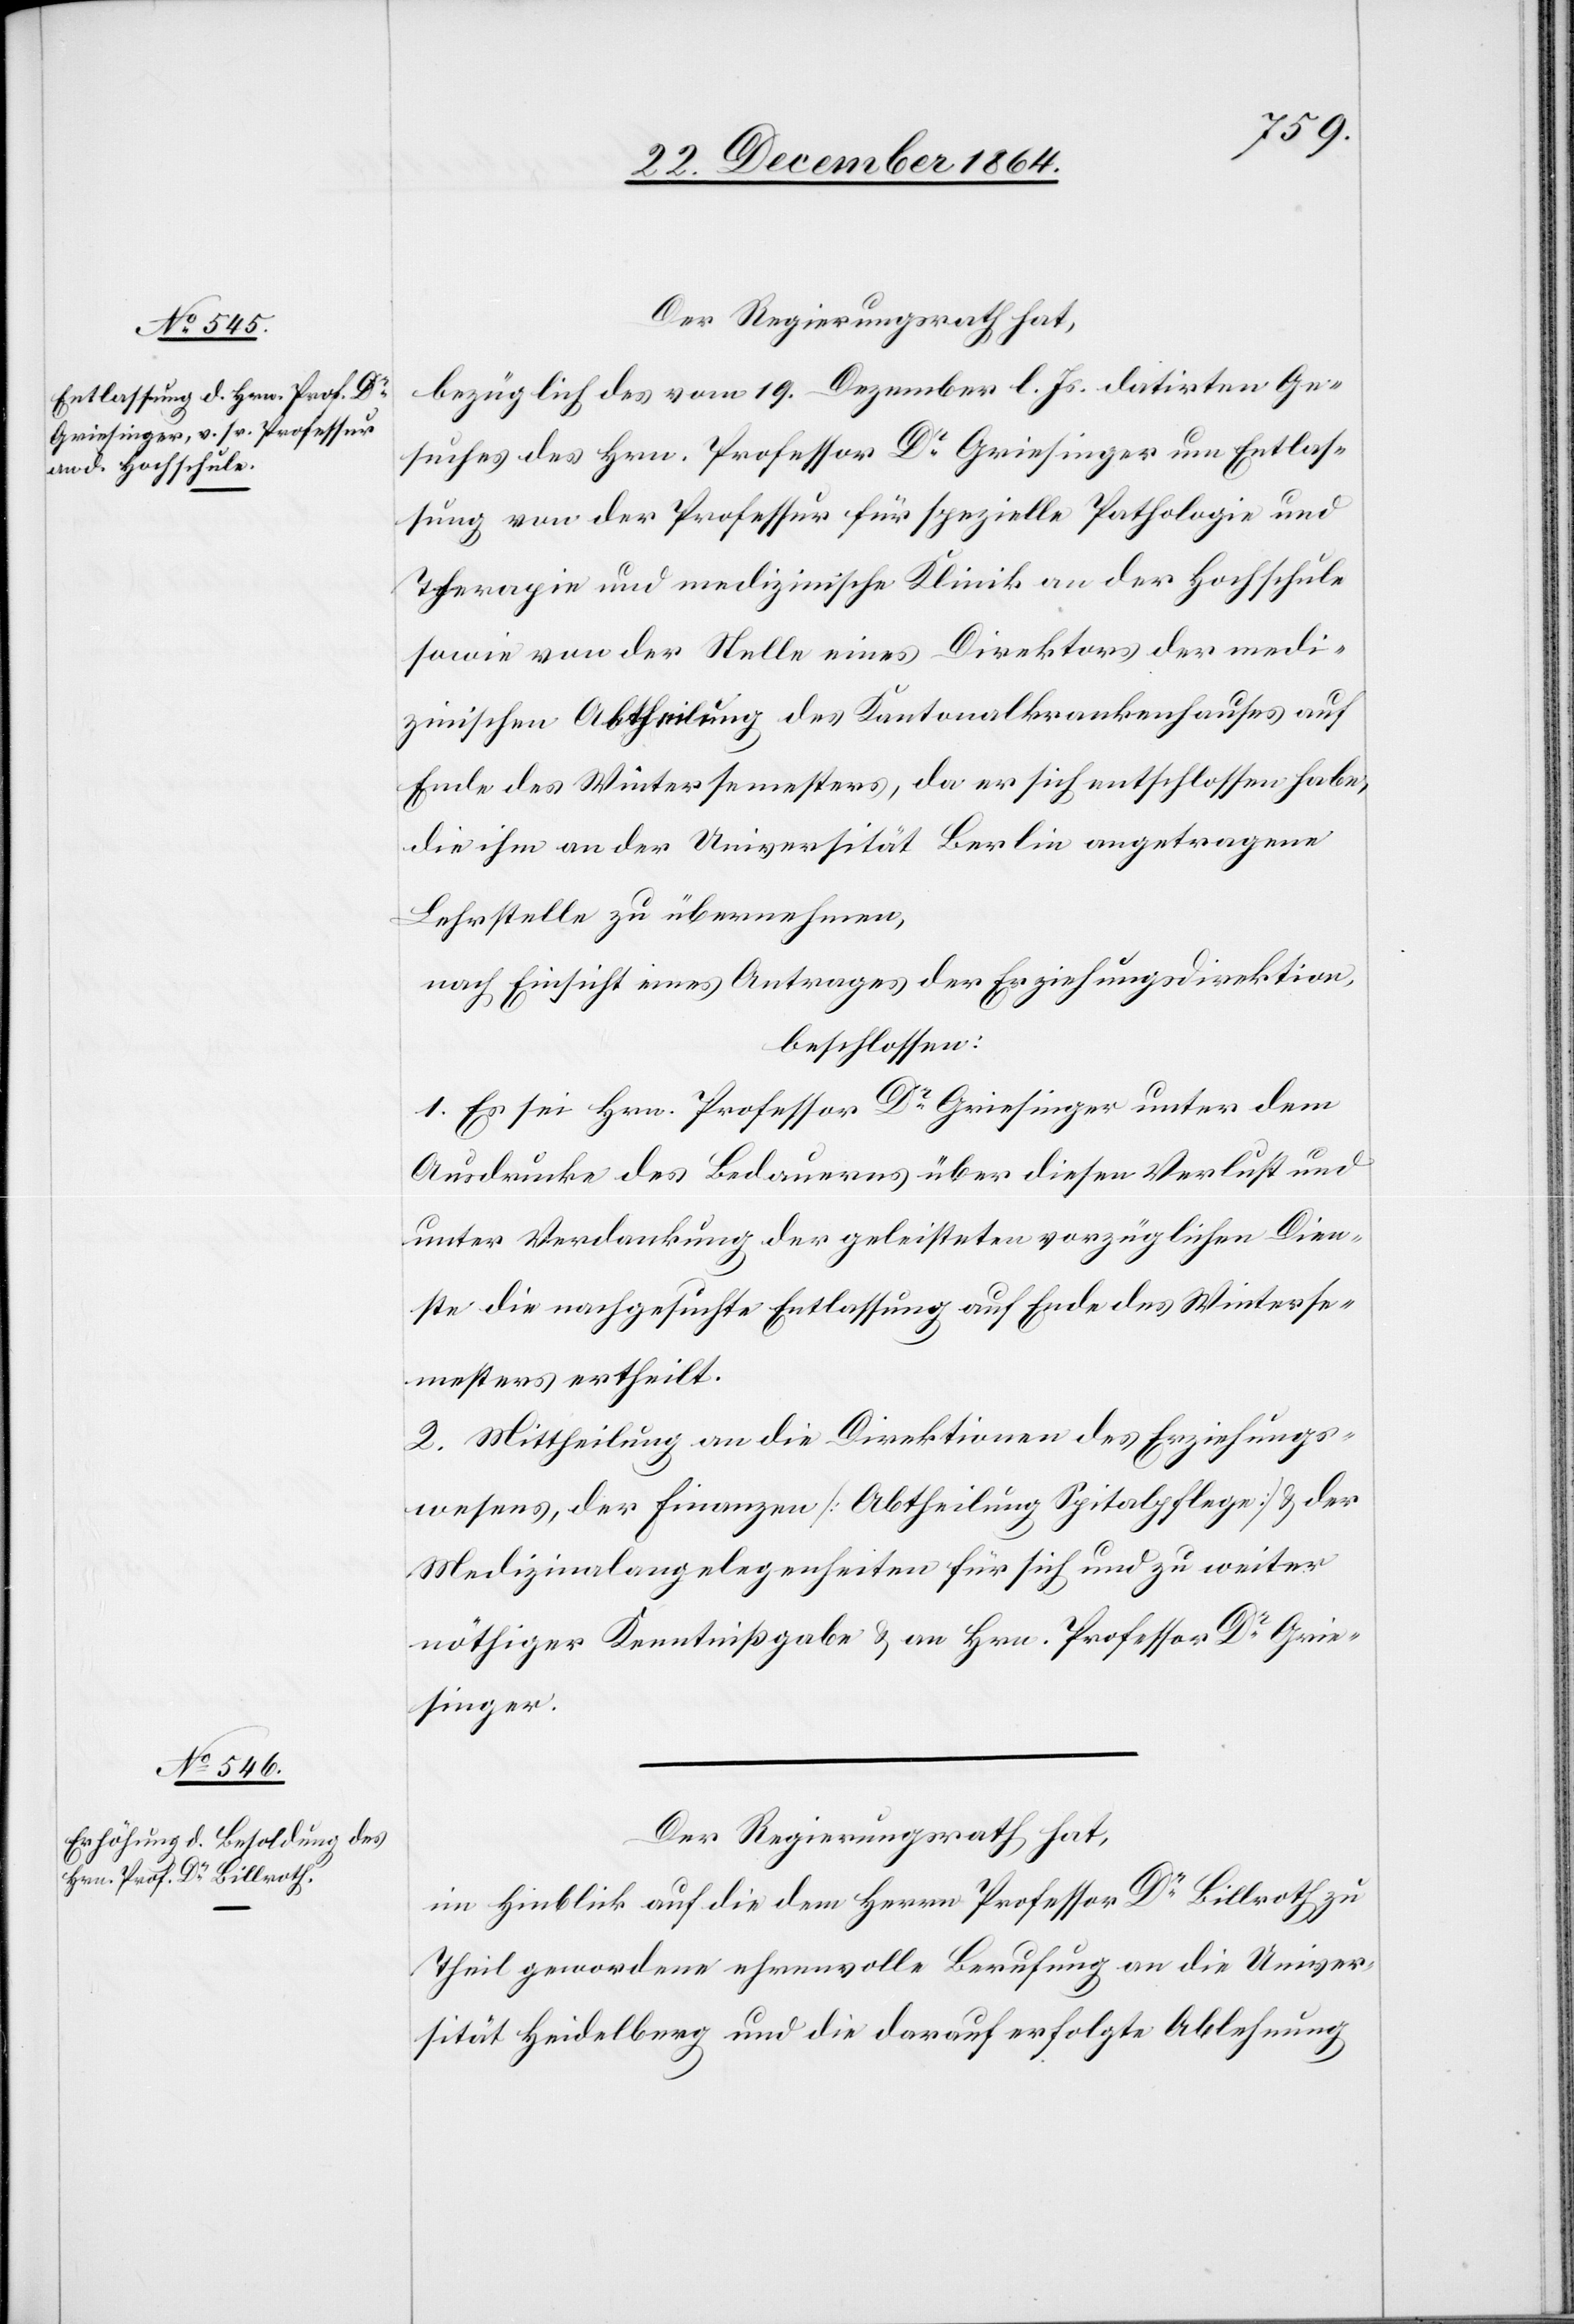
Der Regierungsrath hat,
bezüglich des vom 19. Dezember l. Js. datirten Ge¬
suches des Hrn. Professor Dr Griesinger um Entlas¬
sung von der Professur für spezielle Pathologie und
Therapie und medizinische Klinik an der Hochschule
sowie von der Stelle eines Direktors der medi¬
zinischen Abtheilung des Kantonalkrankenhauses auf
Ende des Wintersemesters, da er sich entschlossen habe,
die ihm an der Universität Berlin angetragene
Lehrstelle zu übernehmen,
nach Einsicht eines Antrages der Erziehungsdirektion,
beschlossen:
1. Es sei Hrn. Professor Dr Griesinger unter dem
Ausdrucke des Bedauerns über diesen Verlust und
unter Verdankung der geleisteten vorzüglichen Dien¬
ste die nachgesuchte Entlassung auf Ende des Winterse¬
mesters ertheilt.
2. Mittheilung an die Direktionen des Erziehungs¬
wesens, der Finanzen [Abtheilung Spitalpflege] & der
Medizinalangelegenheiten für sich und zu weiter
nöthiger Kenntnißgabe & an Hrn. Professor Dr Grie¬
singer.
im Hinblick auf die dem Herrn Professor Dr Billroth zu
Theil gewordene ehrenvolle Berufung an die Univer¬
sität Heidelberg und die darauf erfolgte Ablehnung